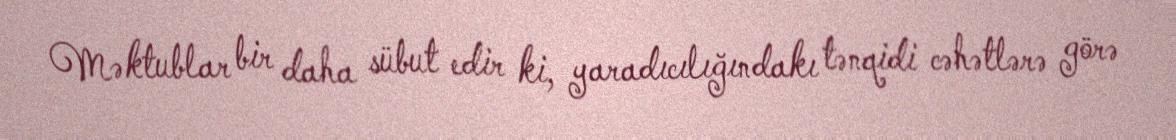
Məktublar bir daha sübut edir ki, yaradıcılığındakı tənqidi cəhətlərə görə